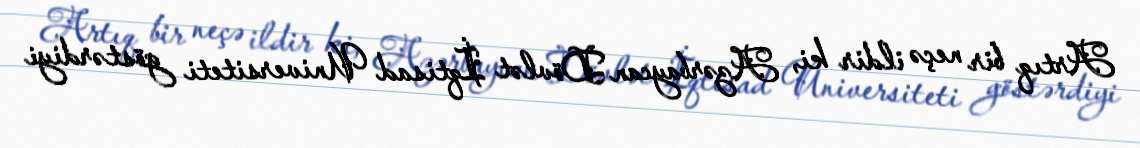
Artıq bir neçə ildir ki, Azərbaycan Dövlət İqtisad Universiteti göstərdiyi